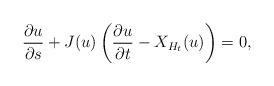
LaTeX: \begin{align*}\frac{\partial u}{\partial s} + J(u) \left( \frac{\partial u}{\partial t} - X_{H_t}(u) \right) = 0,\end{align*}